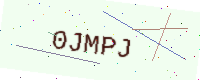
Text: 0JMPJ